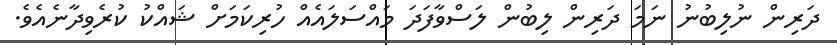
ދަރިން ނުލިބުނު ނަމަ ދަރިން ލިބުން ލަސްވާފަދަ މައްސަލައެއް ހުރިކަމަށް ޝައްކު ކުރެވިދާނެއެވެ.